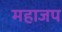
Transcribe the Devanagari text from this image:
महाजप